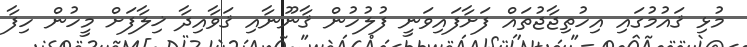
މުޅި ޤައުމުގައި އިހުތިޖާޖުތައް ފަށާފައިވަނީ ފުލުހުން ޤާނޫނާއި ޤަވާއިދާ ޚިލާފަށް މީހުން ހިފާ